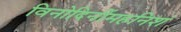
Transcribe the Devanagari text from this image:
विनोदिनींमहनिशं